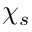
\chi _ { s }